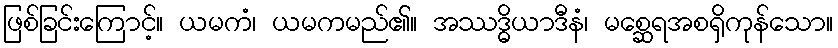
ဖြစ်ခြင်းကြောင့်။ ယမကံ၊ ယမကမည်၏။ အဿဒ္ဓိယာဒီနံ၊ မစ္ဆေရအစရှိကုန်သော။